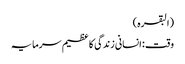
(البقرہ)
وقت : انسانی زندگی کا عظیم سرمایہ